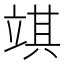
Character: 𥪓